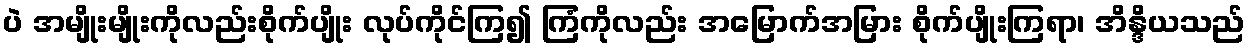
ပဲ အမျိုးမျိုးကိုလည်းစိုက်ပျိုး လုပ်ကိုင်ကြ၍ ကြံကိုလည်း အမြောက်အမြား စိုက်ပျိုးကြရာ၊ အိန္ဒိယသည်